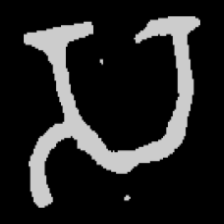
Pyu character \u2014 Myanmar letter: သ (romanized: sa)